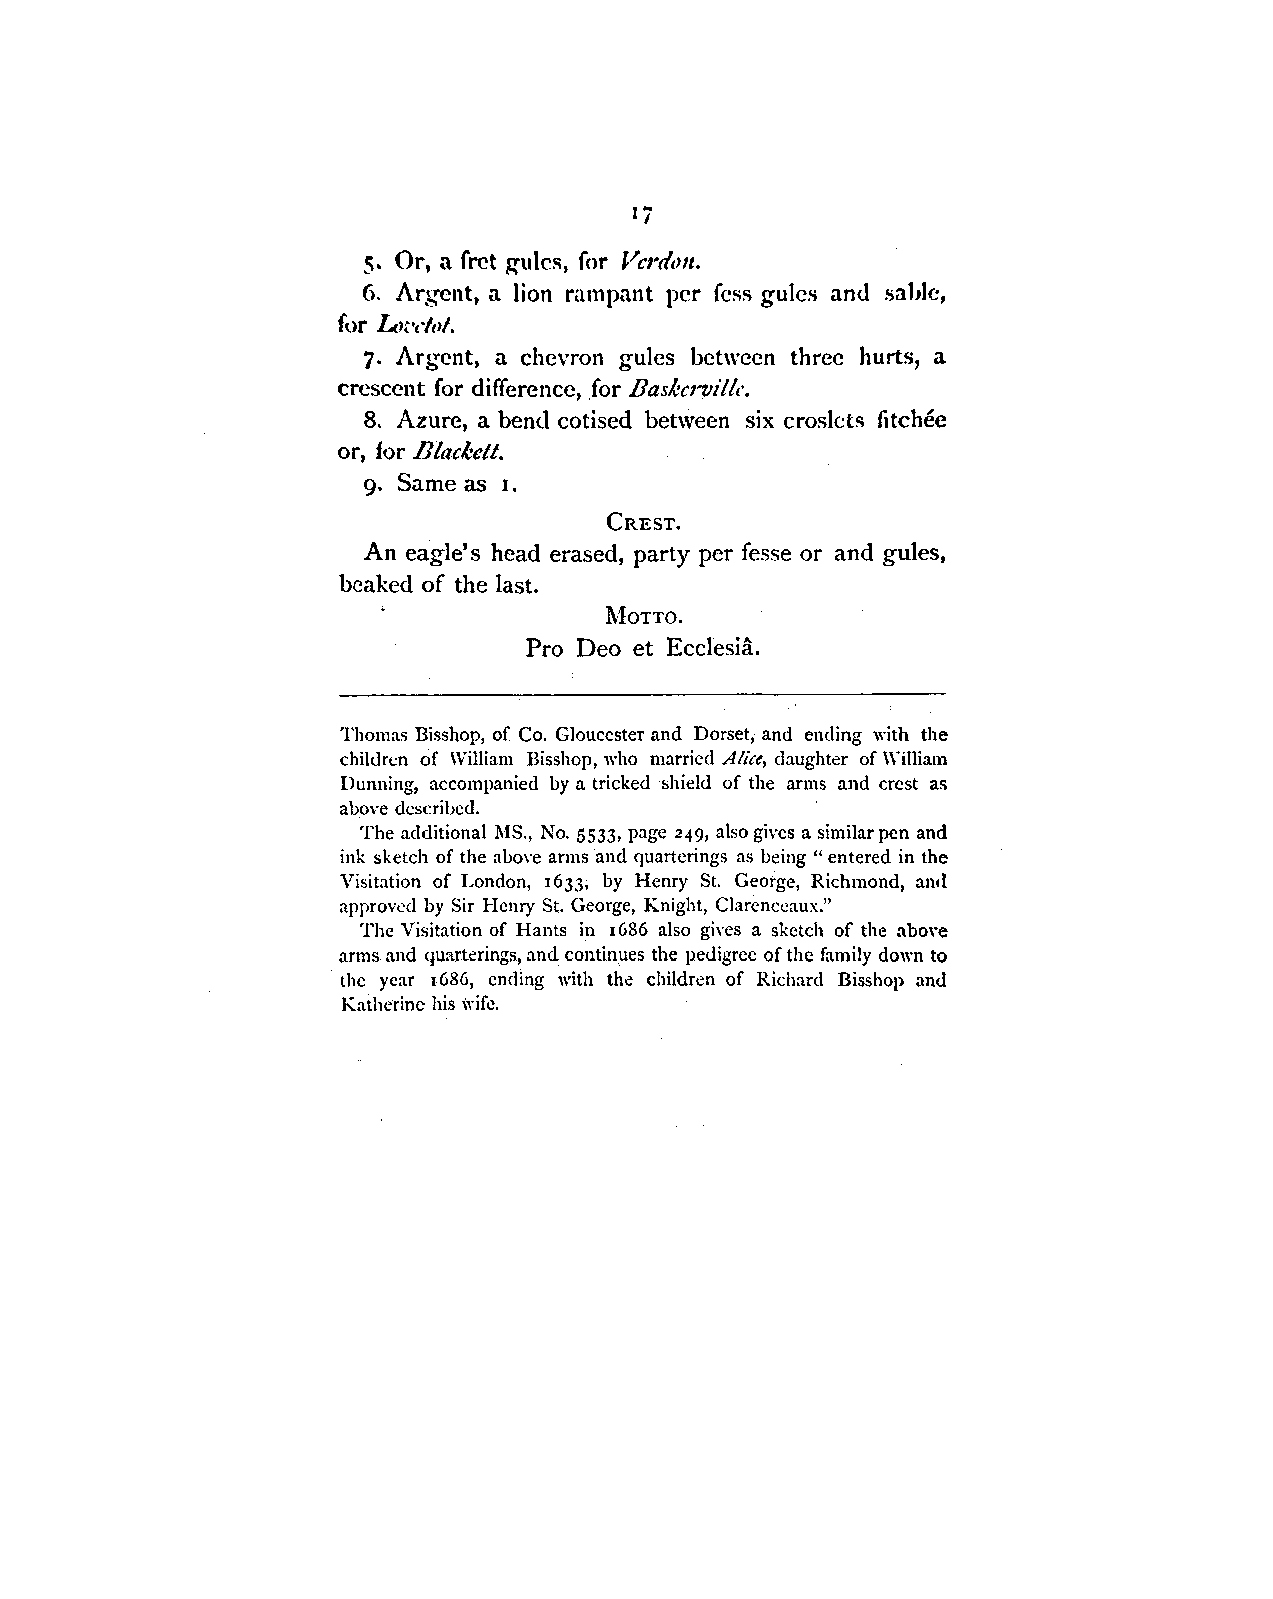
Ii
 5. Or, a fret gulcs, for Vcrdvn.
 6. Argent, a lion rampant per fess gulcs an<l sahlc,
 for Ln•dol.
 7. Argent, a chevron gulcs between three hurts, a
 crescent for difference, for Baskerville.
 8. Azure, a bend cotised between six croslcts fitchec
 or, for Blacl.:clt.
 9. Same as 1.
 CREST.
 An eagle's head erased, party per fesse or and gules,
 beaked of the last.
 MOTTO.
 Pro Deo et Ecclesia.
 Thomas Bisshop, of Co. Gloucester and Dorset, and ending with the
 children of William Bisshop, who married Alice, daughter of \\.illiam
 Dunning, accompanied by a tricked shield of the arms and crest as
 above described.
 The additional 1\1S., No. 5533, page 249, also gives a similar pen and
 ink sketch of the above arms and quartcrings as being "entered in the
 Visitation of London, 1633, by Henry St. George, Richmond, and
 approved by Sir Henry St. George, Knight, Clarcnccaux."
 The Visitation of Hants in 1686 also gives a sketch of the above
 arms and quarterings, and continues the pedigree of the family down to
 the year 1686, ending with the children of Richard Bisshop and
 Katherine his ,tife.